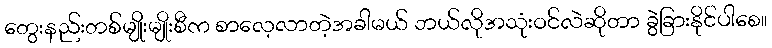
တွေးနည်းတစ်မျိုးမျိုးစီက စာလေ့လာတဲ့အခါမယ် ဘယ်လိုအသုံးဝင်လဲဆိုတာ ခွဲခြားနိုင်ပါစေ။